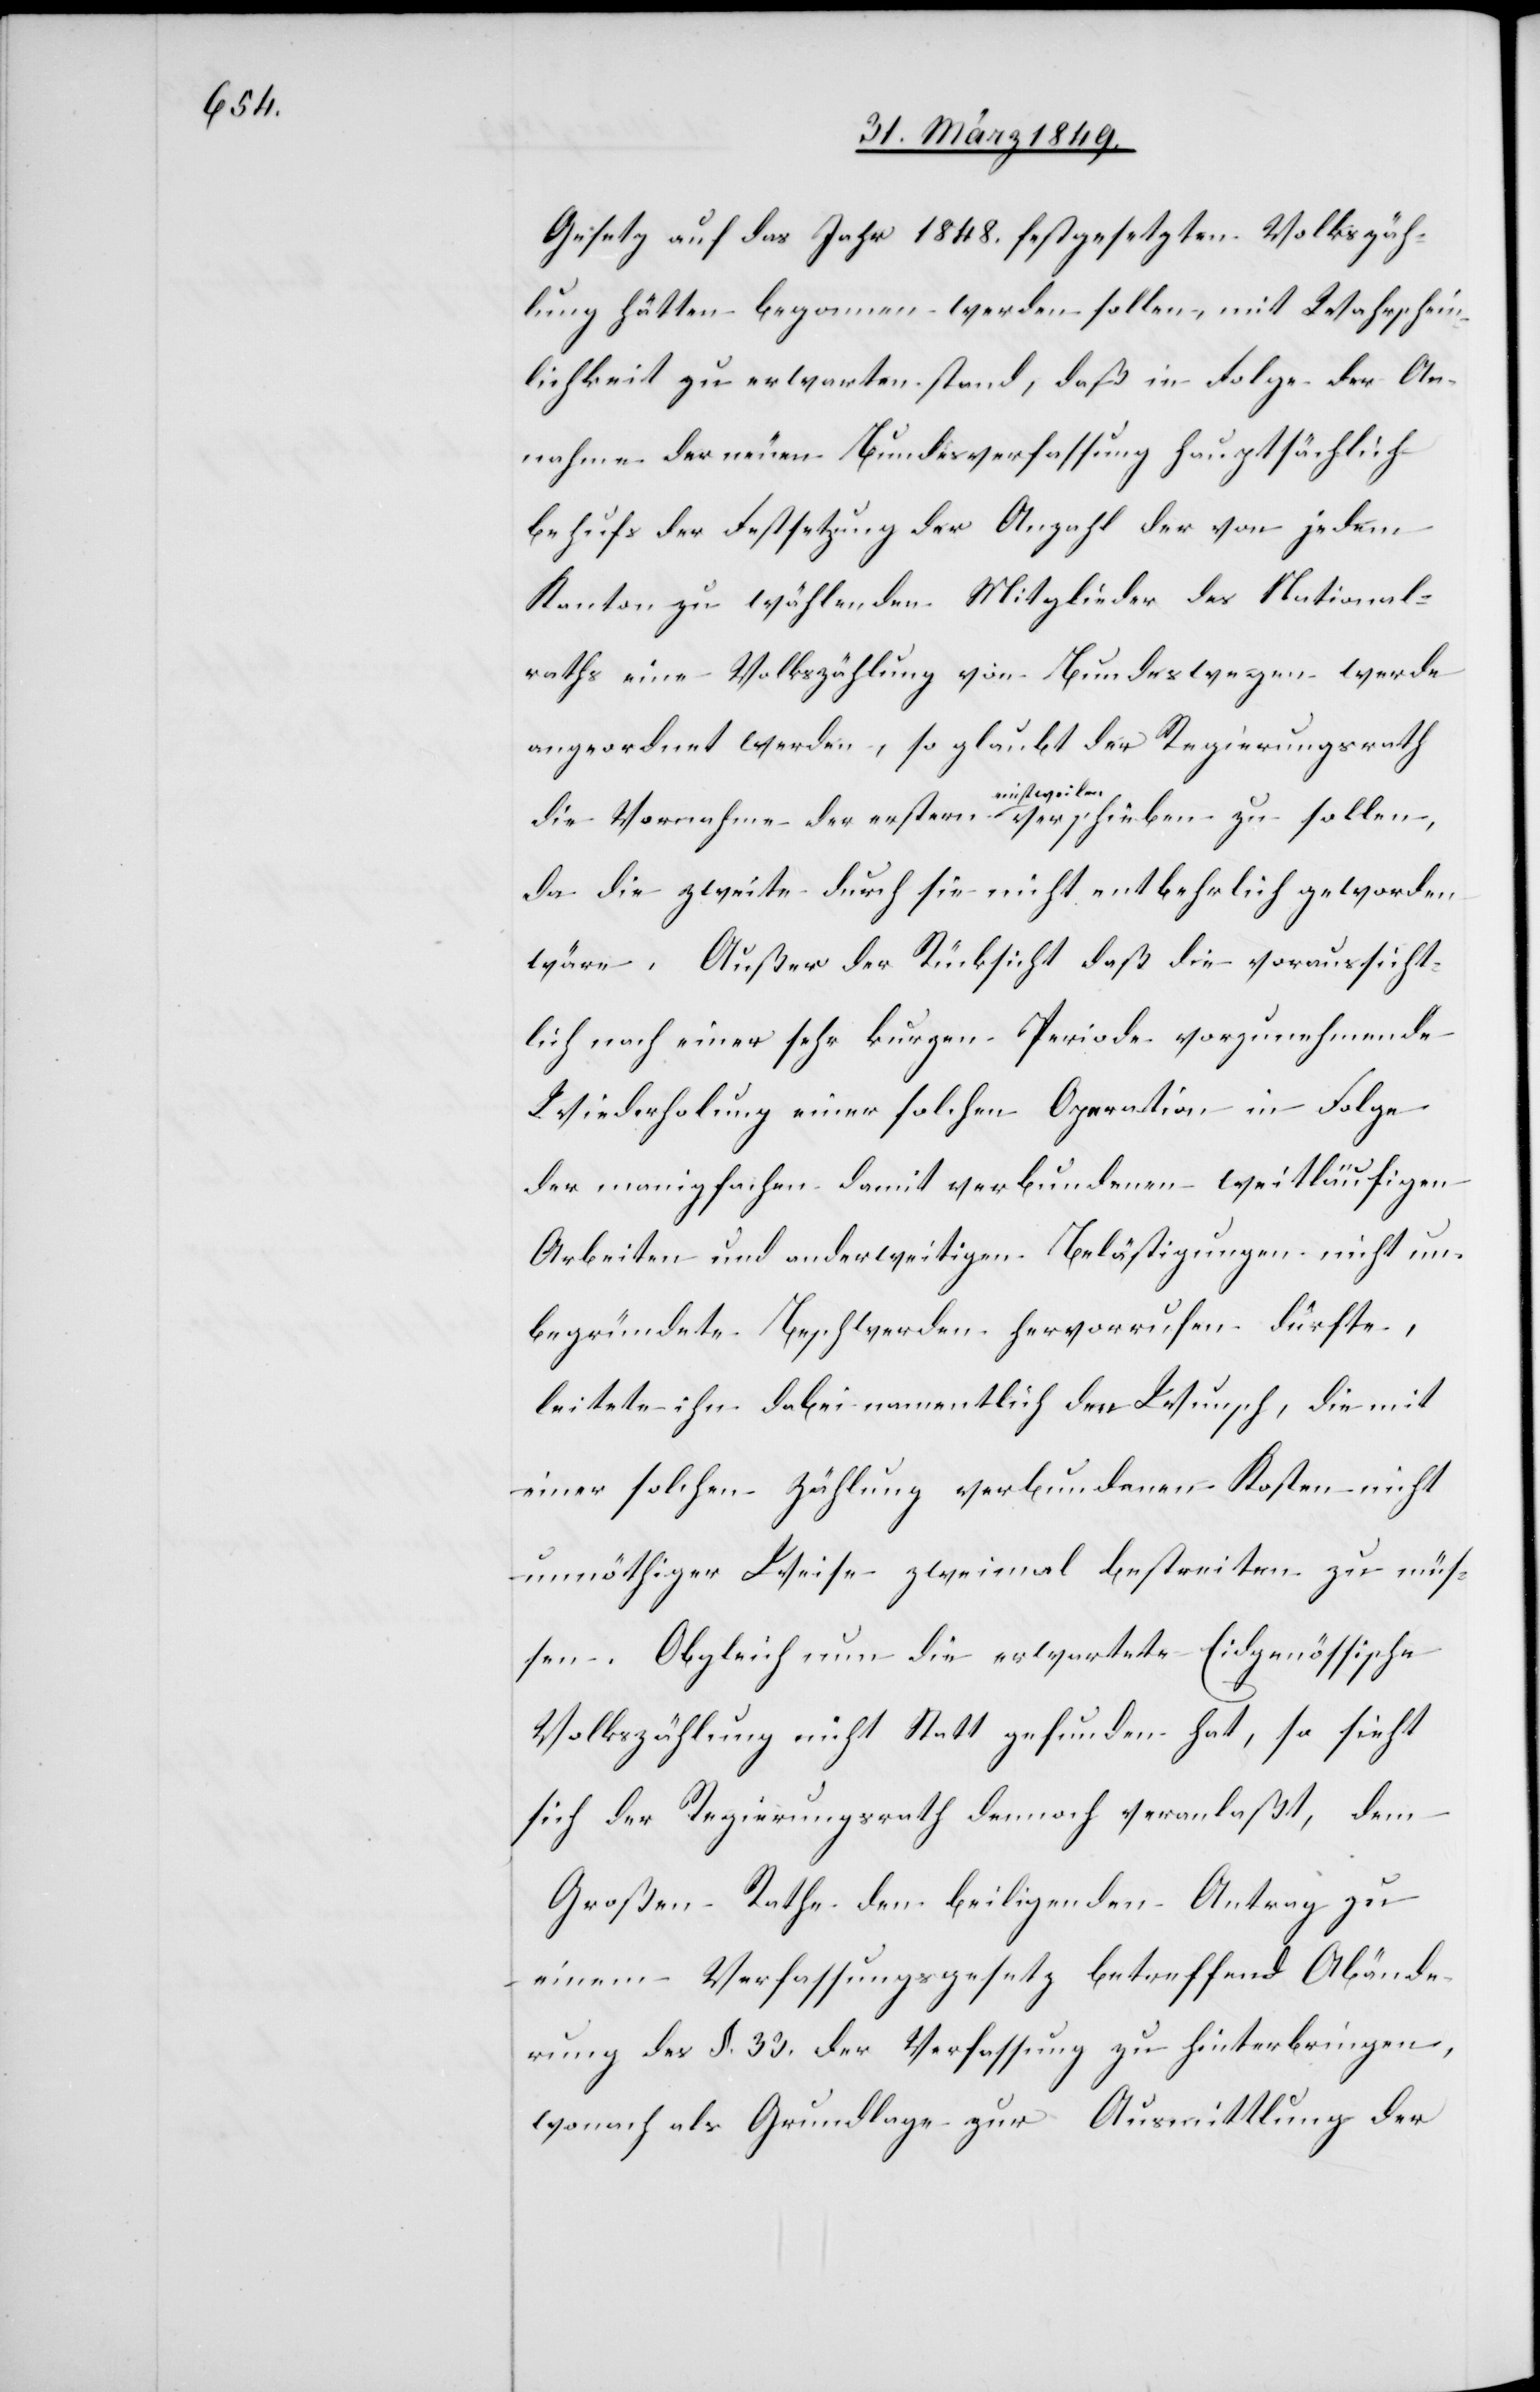
Gesetz auf das Jahr 1848. festgesetzten Volkszäh¬
lung hätten begonnen werden sollen, mit Wahrschein¬
lichkeit zu erwarten stand, daß in Folge der An¬
nahme der neuen Bundesverfassung hauptsächlich
behufs der Festsetzung der Anzahl der von jedem
Kanton zu wählenden Mitglieder des National¬
raths eine Volkszählung von Bundeswegen werde
angeordnet werden, so glaubt[e] der Regierungsrath
die Vornahme der erstern einstweilen verschieben zu sollen,
da die zweite durch sie nicht entbehrlich geworden
wäre. Außer der Rücksicht daß die voraussicht¬
lich nach einer sehr kurzen Periode vorzunehmende
Wiederholung einer solchen Operation in Folge
der mannigfachen damit verbundenen weitläufigen
Arbeiten und anderweitigen Beschäftigungen nicht un¬
begründete Beschwerden hervorrufen dürfte,
leitete ihn dabei namentlich der Wunsch, die mit
einer solchen Zählung verbundenen Kosten nicht
unnöthiger Weise zweimal bestreiten zu müs¬
sen. Obgleich nun die erwartete Eidgenössische
Volkszählung nicht Statt gefunden hat, so sieht
sich der Regierungsrath dennoch veranlaßt, dem
Großen Rathe den beiliegenden Antrag zu
einem Verfassungsgesetz betreffend Abände¬
rung des §. 33. der Verfassung zu hinterbringen,
wonach als Grundlage zur Ausmittlung der